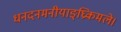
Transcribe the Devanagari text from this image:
धनदनमनीयाङ्‌घ्रिकमले।